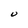
Character: U